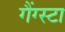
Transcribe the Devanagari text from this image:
गैंग्स्टा